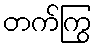
တက်ကြွ